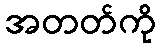
အတတ်ကို